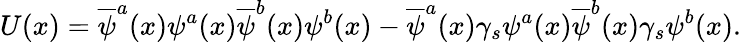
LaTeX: U(x)=\overline{{\psi}}^{a}(x)\psi^{a}(x)\overline{{\psi}}^{b}(x)\psi^{b}(x)-\overline{{\psi}}^{a}(x)\gamma_{s}\psi^{a}(x)\overline{{\psi}}^{b}(x)\gamma_{s}\psi^{b}(x).